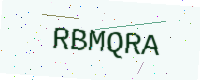
Text: RBMQRA